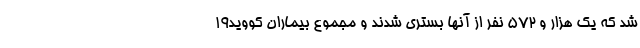
شد که یک هزار و ۵۷۲ نفر از آنها بستری شدند و مجموع بیماران کووید۱۹